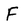
Character: F